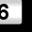
Digit: 6